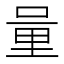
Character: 𨤥